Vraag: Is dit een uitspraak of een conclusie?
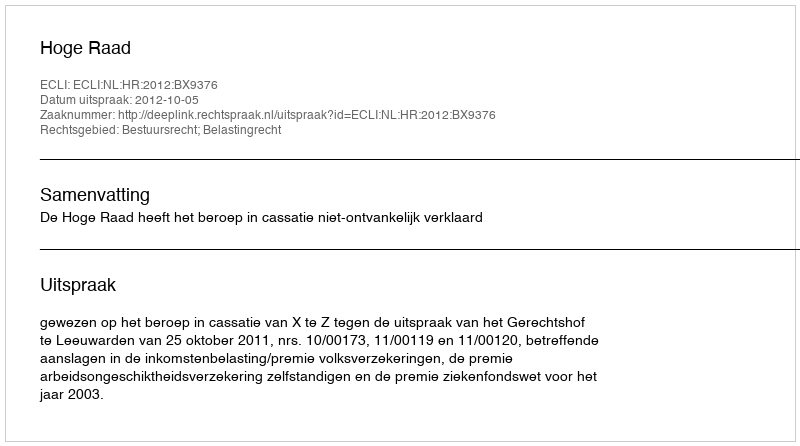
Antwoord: Uitspraak